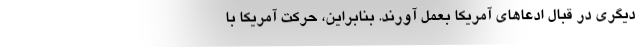
دیگری در قبال ادعاهای آمریکا بعمل آورند. بنابراین، حرکت آمریکا با